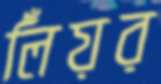
লিঁয়র